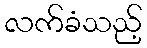
လက်ခံသည့်